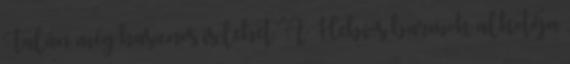
Talán még hasznos is lehet. A Hebi-s barmok alkotója